Report on vaccination in the Province of Bengal - 1869-1873
Year: 1869
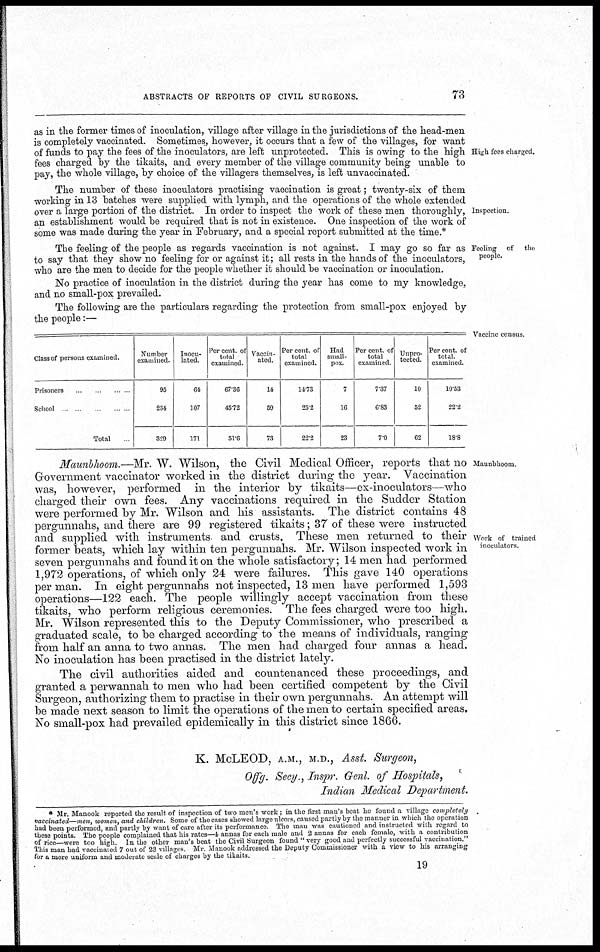
ABSTRACTS OF REPORTS OF CIVIL SURGEONS.
73
High fees charged.
as in the former times of inoculation, village after village in the jurisdictions of the head-men
is completely vaccinated. Sometimes, however, it occurs that a few of the villages, for want
of funds to pay the fees of the inoculators, are left unprotected. This is owing to the high
fees charged by the tikaits, and every member of the village community being unable to
pay, the whole village, by choice of the villagers themselves, is left unvaccinated.
Inspection.
The number of these inoculators practising vaccination is great; twenty-six of them
working in 13 batches were supplied with lymph, and the operations of the whole extended
over a large portion of the district. In order to inspect the work of these men thoroughly,
an establishment would be required that is not in existence. One inspection of the work of
some was made during the year in February, and a special report submitted at the time.*
Feeling of the
people.
The feeling of the people as regards vaccination is not against. I may go so far as
to say that they show no feeling for or against it; all rests in the hands of the inoculators,
who are the men to decide for the people whether it should be vaccination or inoculation.
No practice of inoculation in the district during the year has come to my knowledge,
and no small-pox prevailed.
The following are the particulars regarding the protection from small-pox enjoyed by
the people:—
Vaccine census
Class of persons examined.
Prisoners
School
Total
Number
examined.
95
234
329
Inocu-
lated.
64
107
171
Percent of
total
examined.
67.30
45.72
51.6
Vaccin-
ated
14
59
73
Percent of
total
examined.
14.73
25.2
22.2
Had
small-
pox.
7
16
23
Percent of
total
examined
7.37
6.83
7.0
Unpro-
tected.
10
52
62
Percent of
total
examined.
10.53
22.2
18.8
Maunbhoom
Work of trained
inoculators.
Maunbhoom.—Mr. W. Wilson, the Civil Medical Officer, reports that no
Government vaccinator worked in the district during the year. Vaccination
was, however, performed in the interior by tikaits—ex-inoculators—who
charged their own fees. Any vaccinations required in the Sudder Station
were performed by Mr. Wilson and his assistants. The district contains 48
pergunnahs, and there are 99 registered tikaits; 37 of these were instructed
and supplied with instruments and crusts. These men returned to their
former beats, which lay within ten pergunnahs. Mr. Wilson inspected work in
seven pergunnahs and found it on the whole satisfactory; 14 men had performed
1,972 operations, of which only 24 were failures. This gave 140 operations
per man. In eight pergunnahs not inspected, 13 men have performed 1,593
operations—122 each. The people willingly accept vaccination from these
tikaits, who perform religious ceremonies. The fees charged were too high.
Mr. Wilson represented this to the Deputy Commissioner, who prescribed a
graduated scale, to be charged according to the means of individuals, ranging
from half an anna to two annas. The men had charged four annas a head.
No inoculation has been practised in the district lately.
The civil authorities aided and countenanced these proceedings, and
granted a perwannah to men who had been certified competent by the Civil
Surgeon, authorizing them to practise in their own pergunnahs. An attempt will
be made next season to limit the operations of the men to certain specified areas.
No small-pox had prevailed epidemically in this district since 1866.
K. McLEOD, A.M., M.D., Asst. Surgeon,
Offg. Secy., Inspr. Genl. of Hospitals,
Indian Medical Department.
* Mr. Manook reported the result of inspection of two men's work; in the first man's beat he found a village completely
vaccinated—men, women, and children. Some of the cases showed large ulcers, caused partly by the manner in which the operation
had been performed, and partly by want of care after its performance The man was cautioned and instructed with regard to
these points. The people complained that his rates—4 annas for each male and 2 annas for each female, with a contribution
of rice—were too high. In the other man's beat the Civil Surgeon found " very good and perfectly successful vaccination."
This man had vaccinated 7 out of 23 villages. Mr Manook addressed the Deputy Commissioner with a view to his arranging
for a more uniform and moderate scale of charges by the tikarts.
19